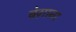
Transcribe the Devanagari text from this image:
बेग़ाना